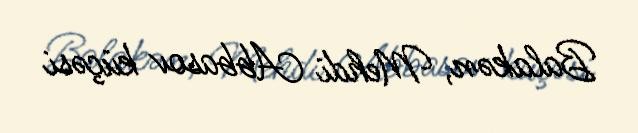
Balakən, Mehdi Abbasov küçəsi